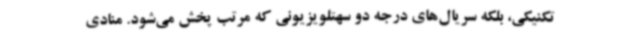
تکنیکی، بلکه سریال‌های درجه دو سهتلویزیونی که مرتب پخش می‌شود. منادی